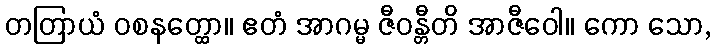
တတြာယံ ဝစနတ္ထော။ ဧတံ အာဂမ္မ ဇီဝန္တီတိ အာဇီဝေါ။ ကော သော,